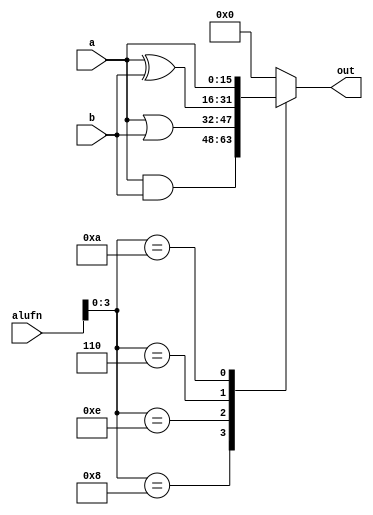
/*
   This file was generated automatically by the Mojo IDE version B1.3.6.
   Do not edit this file directly. Instead edit the original Lucid source.
   This is a temporary file and any changes made to it will be destroyed.
*/

module boolean16_31 (
    input [5:0] alufn,
    input [15:0] a,
    input [15:0] b,
    output reg [15:0] out
  );
  
  
  
  always @* begin
    
    case (alufn[0+3-:4])
      4'h8: begin
        out = a & b;
      end
      4'he: begin
        out = a | b;
      end
      4'h6: begin
        out = a ^ b;
      end
      4'ha: begin
        out = a;
      end
      default: begin
        out = 16'h0000;
      end
    endcase
  end
endmodule